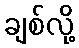
ချစ်လို့